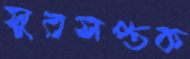
সুরসপ্তক